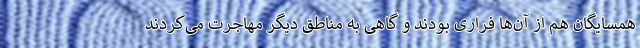
همسایگان هم از آن‌ها فراری بودند و گاهی به مناطق دیگر مهاجرت می‌کردند